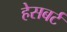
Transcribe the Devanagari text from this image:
हेसबर्ट